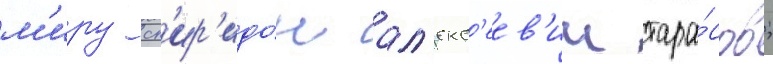
м'иру сп'ир'идо́н ал'екс'еев'ич тара́сов;